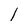
Character: l